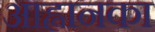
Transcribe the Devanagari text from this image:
आह्वानका